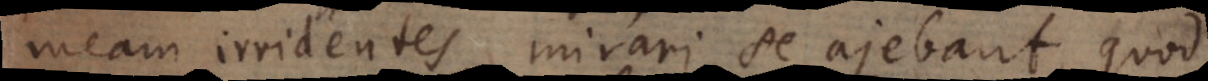
meam irridentes mirari se ajebant, quod